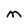
Character: M